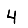
Digit: 4